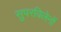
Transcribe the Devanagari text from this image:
सुपरविलेनों